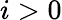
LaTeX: i>0